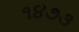
૧૪૭૩